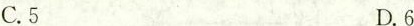
C.5 D.6